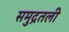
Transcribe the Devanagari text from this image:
समुद्रतली